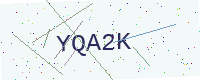
Text: YQA2K